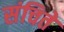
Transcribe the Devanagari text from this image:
संचिते